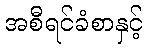
အစီရင်ခံစာနှင့်